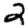
Digit: 2